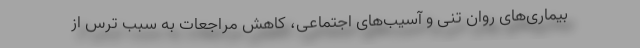
بیماری‌های روان تنی و آسیب‌های اجتماعی، کاهش مراجعات به سبب ترس از